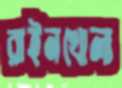
রাইনখোলা